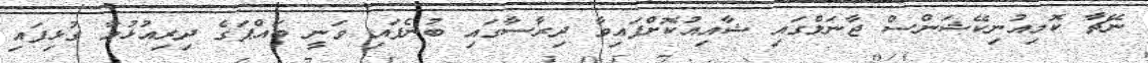
ނޭޗާ ކޮމިއުނިކޭޝަންސް ޖާނަލްގައި ޝާއިއުކޮށްފައިވާ ދިރާސާގައި ބުނެފައި ވަނީ ބައްޕަގެ ދިރިއުޅުމާ ގުޅިފައި